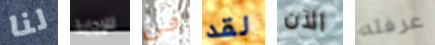
لنا للإجابة فى لقد الآن عرفته